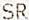
SR